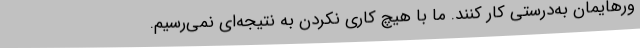
ورهایمان به‌درستی کار کنند. ما با هیچ کاری نکردن به نتیجه‌ای نمی‌رسیم.